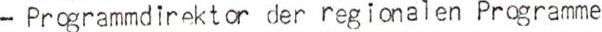
- Programmdirektor der regionalen Programme